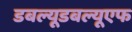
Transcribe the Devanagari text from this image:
डबल्यूडबल्यूएफ